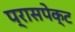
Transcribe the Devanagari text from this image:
प्रासपेक्ट